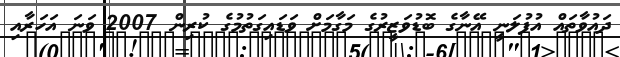
ދައުވާތައް އުފުލަނީ އޭނާގެ ބޮޑުވަޒީރުގެ މަގާމަށް ވަޑައިގަތުމުގެ ކުރިން 2007 ވަނަ އަހަރާއި